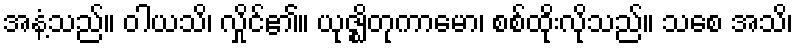
အနံ့သည်။ ဝါယသိ၊ လှိုင်၏။ ယုဇ္ဈိတုကာမော၊ စစ်ထိုးလိုသည်။ သစေ အသိ၊